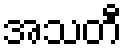
အသတီ